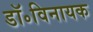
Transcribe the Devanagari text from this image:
डॉ॰विनायक